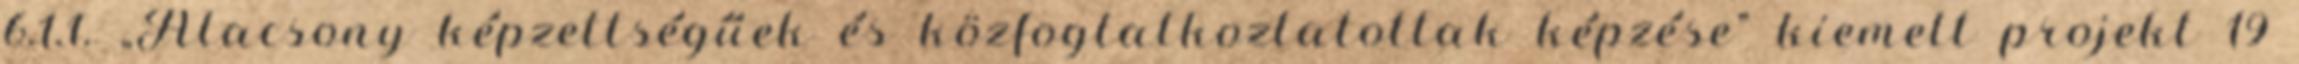
6.1.1. „Alacsony képzettségűek és közfoglalkoztatottak képzése” kiemelt projekt 19